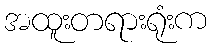
အထူးတရားရုံးက